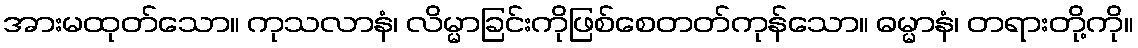
အားမထုတ်သော။ ကုသလာနံ၊ လိမ္မာခြင်းကိုဖြစ်စေတတ်ကုန်သော။ ဓမ္မာနံ၊ တရားတို့ကို။